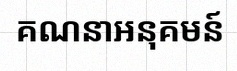
គណនាអនុគមន៍